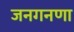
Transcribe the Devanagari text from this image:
जनगनणा